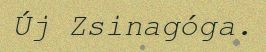
Új Zsinagóga.